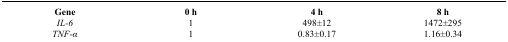
<table><thead><tr><td><b>Gene</b></td><td><b>0 h</b></td><td><b>4 h</b></td><td><b>8 h</b></td></tr></thead><tbody><tr><td><i>IL-6</i></td><td>1</td><td>498±12</td><td>1472±295</td></tr><tr><td><i>TNF-α</i></td><td>1</td><td>0.83±0.17</td><td>1.16±0.34</td></tr></tbody></table>